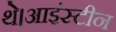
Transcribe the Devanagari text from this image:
थे।आइंस्टीन